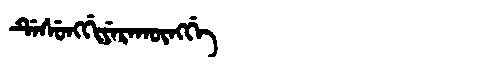
Manchu: ᡩᡝᠰᡠᠩᡤᡳᠶᡝᡵᠠᡴᡡᠩᡤᡝ
Romanization: DESUNGGIYERAKŪNGGE